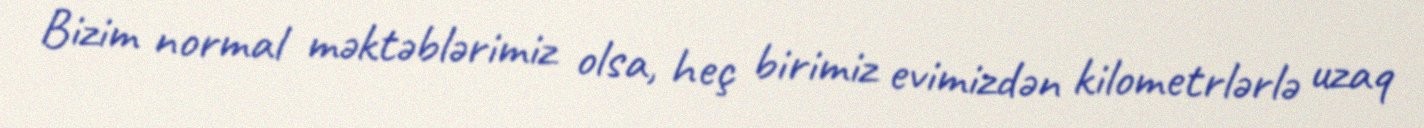
Bizim normal məktəblərimiz olsa, heç birimiz evimizdən kilometrlərlə uzaq